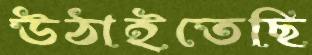
উঠাইতেছি